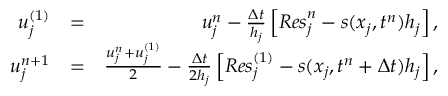
\begin{array} { r l r } { u _ { j } ^ { ( 1 ) } } & { = } & { u _ { j } ^ { n } - \frac { \Delta t } { h _ { j } } \left[ { R e s } _ { j } ^ { n } - s ( x _ { j } , t ^ { n } ) h _ { j } \right] , } \\ { u _ { j } ^ { n + 1 } } & { = } & { \frac { u _ { j } ^ { n } + u _ { j } ^ { ( 1 ) } } { 2 } - \frac { \Delta t } { 2 h _ { j } } \left[ { R e s } _ { j } ^ { ( 1 ) } - s ( x _ { j } , t ^ { n } + \Delta t ) h _ { j } \right] , } \end{array}